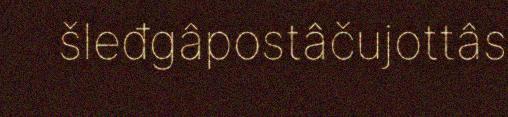
šleđgâpostâčujottâs